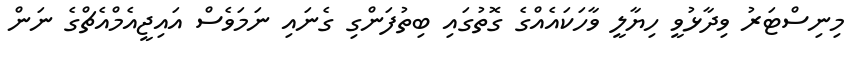
މިނިސްޓަރު ވިދާޅުވީ ހިޔާލީ ވާހަކައެއްގެ ގޮތުގައި ބިތުފަންގި ގެނައި ނަމަވެސް އައިޖީއެމްއެޗްގެ ނަން